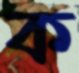
ক